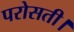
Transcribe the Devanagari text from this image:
परोसती।